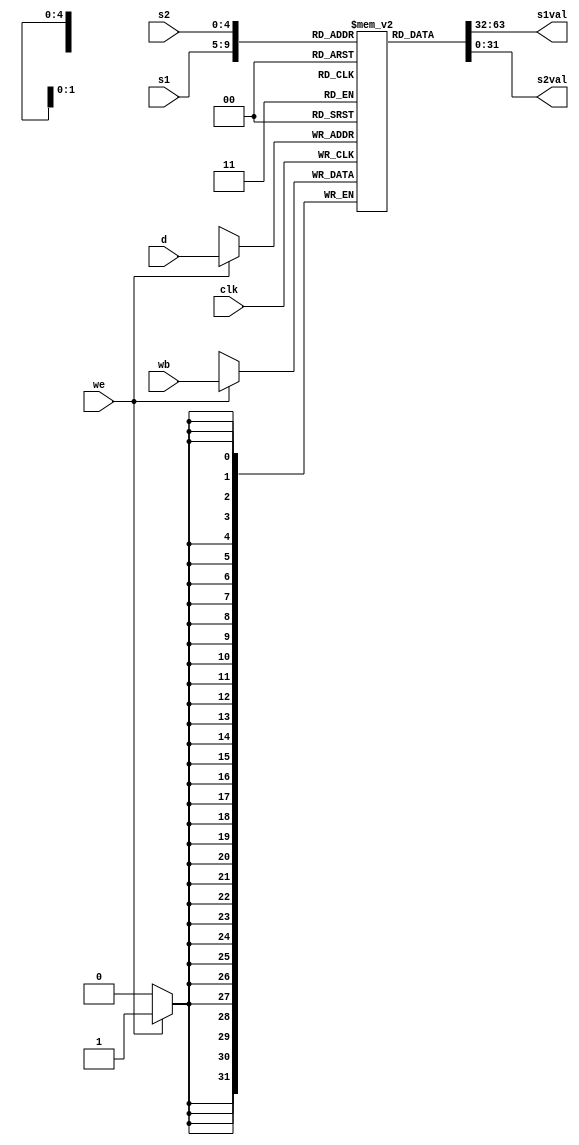
/*
	File:		registerfile.v
	Authour(s):	Chris Thiele, Caleb Amlesom
	Student ID:	cwthiele, camlesom
	Date: 		June 10, 2015
*/

module  registerfile (
	clk,	// clock
	wb,		// write back value
	we, 	// write enable
	s1, 	// source 1
	s2, 	// source 2
	d, 		// destination
	s1val,	// source 1 value = Rsout
	s2val	// source 2 value = Rtout
);
	/* INPUTS */
	input clk;
	input [31:0] wb;
	input we;
	input [4:0] s1;
	input [4:0] s2;
	input [4:0] d;

	/* OUTPUTS */
	output wire [31:0] s1val;
	output wire [31:0] s2val;

	/* MAIN FUNCTIONALITY */
	reg [31:0] regfile [0:31];

	// Reads occur on posedge and writes occur on negedge of clk

	assign s1val = regfile[s1]; //write the register value at address s1 to output
	assign s2val = regfile[s2]; //write the register value at address s2 to output

	always @(negedge clk) begin //writeback into register file from writeback stage
	  if(we) begin
		regfile[d] <= wb;
	  end
	end
	
endmodule